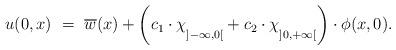
LaTeX: \begin{align*}u(0,x)~=~\overline{w}(x)+\left(c_1\cdot \chi_{\strut ]-\infty,0[}+c_2\cdot \chi_{\strut ]0,+\infty[}\right)\cdot\phi (x,0).\end{align*}